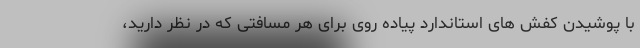
با پوشیدن کفش های استاندارد پیاده روی برای هر مسافتی که در نظر دارید،